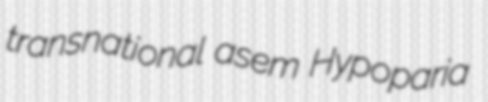
transnational asem Hypoparia